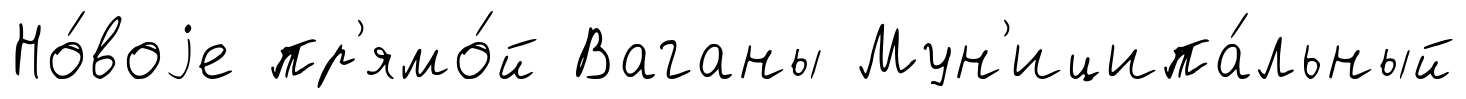
Но́воjе пр'ямо́й Ваганы Мун'иципа́льный